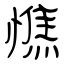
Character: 憔